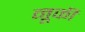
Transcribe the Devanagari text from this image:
नूकी